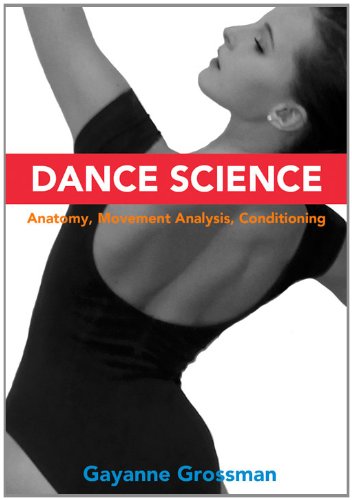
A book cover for Dance Science: Anatomy, Movement Analysis, and Conditioning; Gayanne Grossman; Humor & Entertainment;